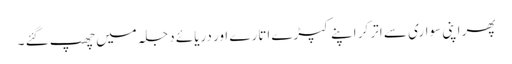
پھر اپنی سواری سے اتر کر اپنے کپڑے اتارے اور دریائے دجلہ میں چھپ گئے ۔